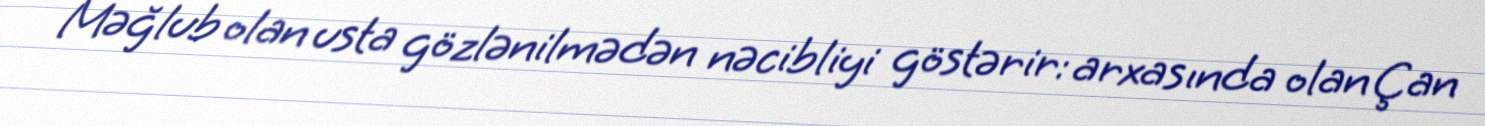
Məğlub olan usta gözlənilmədən nəcibliyi göstərir: arxasında olan Çan